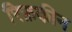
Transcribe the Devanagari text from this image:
रिफ़कीन